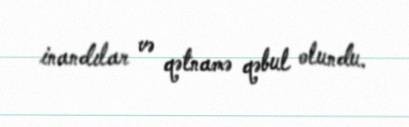
inandılar və qətnamə qəbul olundu.